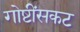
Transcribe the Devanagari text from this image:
गोष्टींसकट